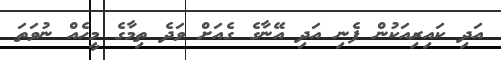
އަދި ކައިރިއަކުން ފެނި އަދި އޭނާގެ ގެއަށް ވަދެ ތިމާގެ މީހެއް ނުވަތަ